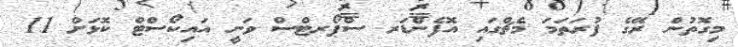
މިގޮތުން ރޭގެ ފުރަތަމަ މެޗްގައި އޮފެންޑަރ ސްޕޯރޓްސް ވަނީ އައިކޯސްޓް ކޮޅަށް 11